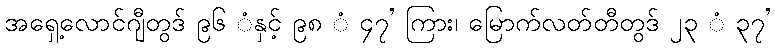
အရှေ့လောင်ဂျီတွဒ် ၉၆ ံနှင့် ၉၈ ံ ၄၇’ ကြား၊ မြောက်လတ်တီတွဒ် ၂၃ ံ ၃၇’